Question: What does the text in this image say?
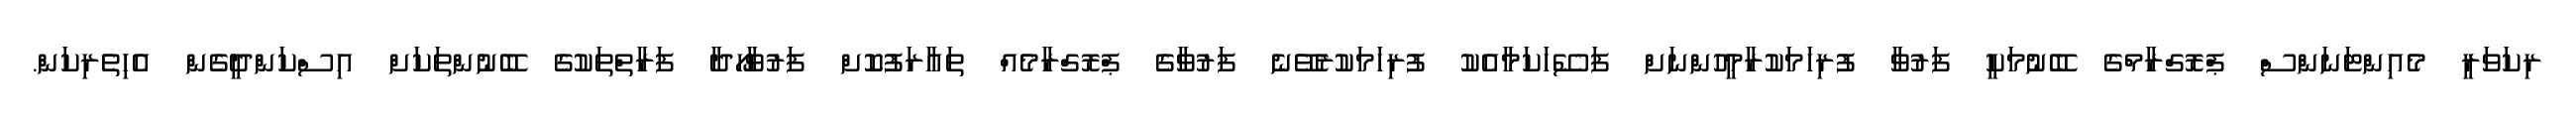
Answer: ރިކަވަރީ މެއިންޓަނަންސް ޕްރޮގްރާމްގެ ބޭނުމަކީ ފަރުވާ ފުރިހަމަކުރާމީހުންނަށް ފަސޭހަކަމާއެކު ފުރިހަމަކުރެވޭނެ ފަރުވާގެ ޕްރޮގްރާމެއް ތަޢާރަފުކޮށް ފަރުވާހޯދާ ފަރާތްތަކުގެ ބޭނުންތަކަށް އިސްކަންދީގެން އެހިތެރިކަން.